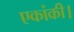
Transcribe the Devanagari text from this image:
एकांकी।